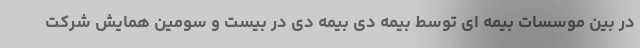
در بین موسسات بیمه ای توسط بیمه دی بیمه دی در بیست و سومین همایش شرکت